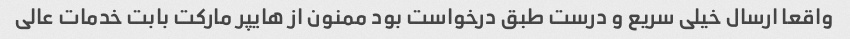
واقعا ارسال خیلی سریع و درست طبق درخواست بود ممنون از هایپر مارکت بابت خدمات عالی